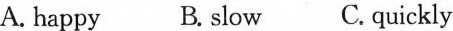
A. happy B. slow C.quickly